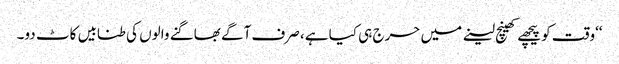
‘‘وقت کو پیچھے کھینچ لینے میں حرج ہی کیا ہے، صرف آگے بھاگنے والوں کی طنابیں کاٹ دو۔